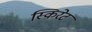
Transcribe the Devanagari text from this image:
स्किरेट